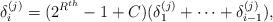
LaTeX: \begin{align*} \delta_{i}^{(j)}= (2^{R^{th}}-1 + C) (\delta_{1}^{(j)}+\cdots+\delta_{i-1}^{(j)}),\end{align*}